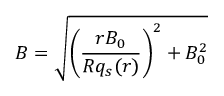
B = \sqrt { \left( \frac { r B _ { 0 } } { R q _ { s } ( r ) } \right) ^ { 2 } + B _ { 0 } ^ { 2 } }